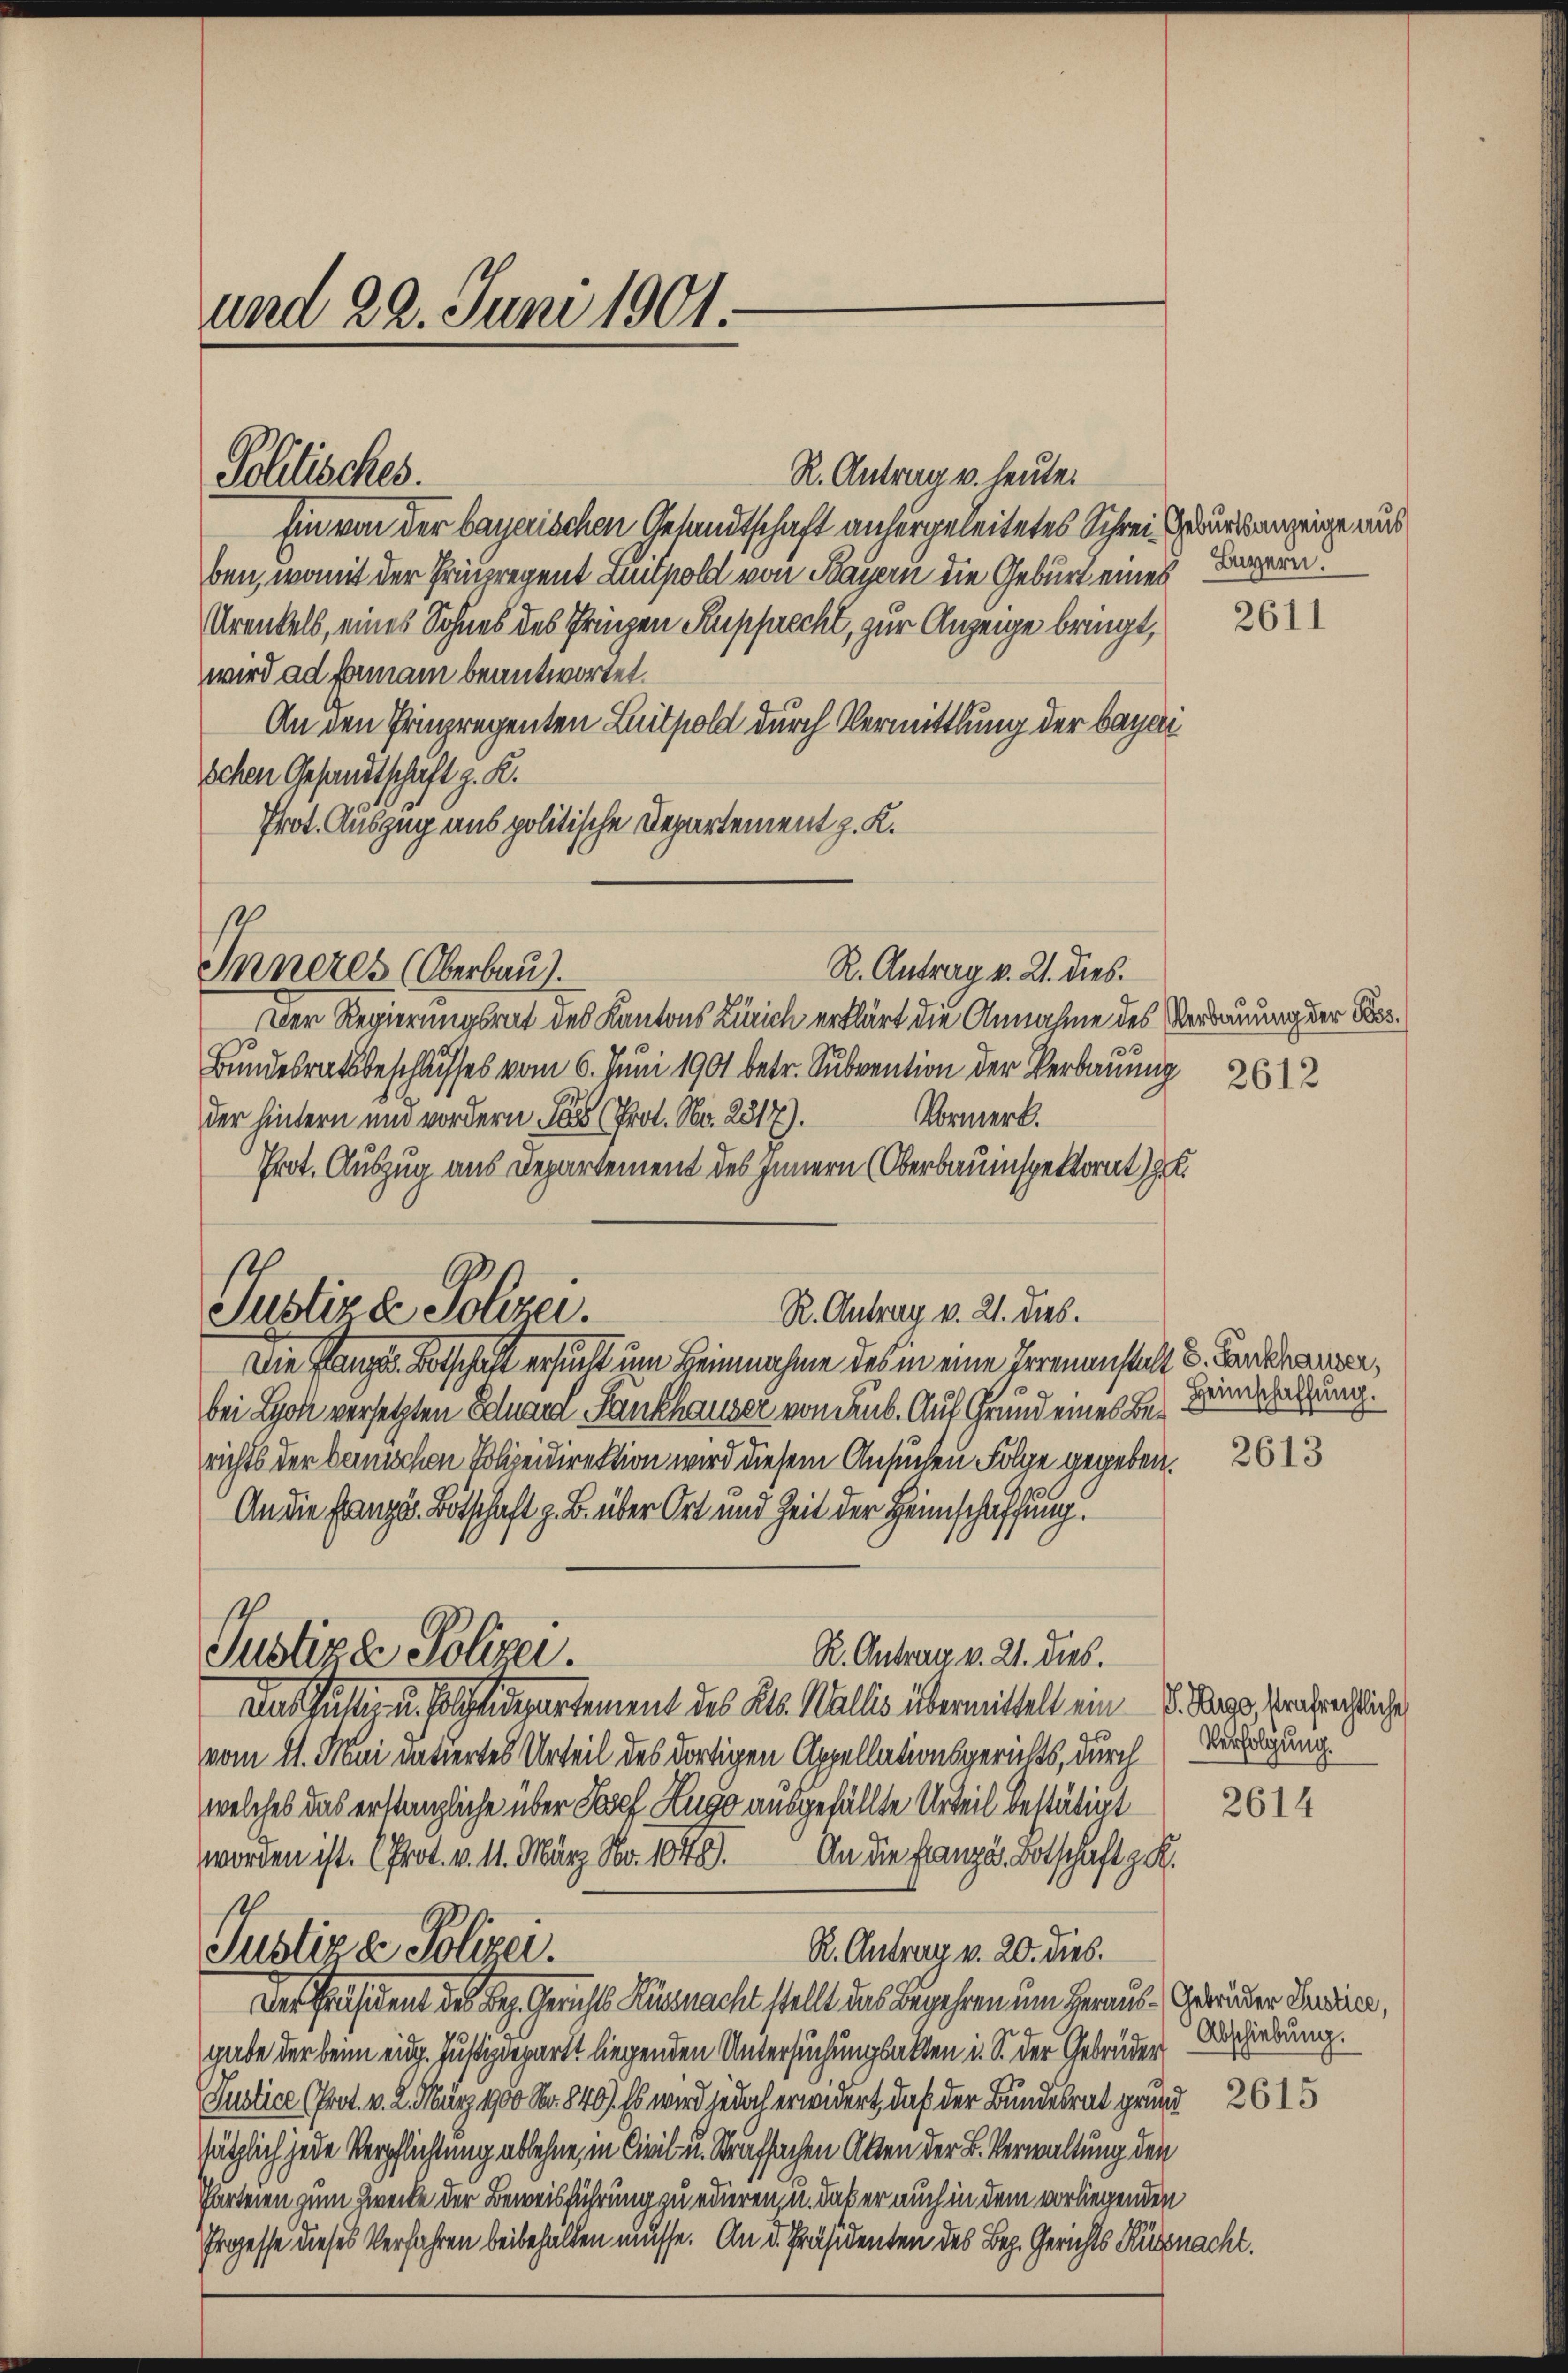
und 22. Juni 1901

R. Antrag v. heute.
Ein von der bayerischen Gesandtschaft anhergeleitetes Schrei Geburtsanzeige aus
ben, womit der Prinzregent Luilpold von Bayern die Geburt eines Lagern.
Urenkels, eines Sohnes des Prinzen Rupprecht, zur Anzeige bringt,
wird ad formam beantwortet.
An den Prinzregenten Luitpold durch Vermittlung der bayen
schen Gesandtschaft z. R.
Prot. Auszug aus politische Departement z. K.

Politisches.

R. Antrag v. 21. dies.
Inneres (Oberbau).

Justizde Polizei.
R. Antrag v. 21. dies.

Justizen Polizei

Der Regierungsrat des Kantons Zürich erklärt die Annahme des Verdauung der Bos¬
Bundesratsbeschlusses vom 6. Juni 1901 betr. Subvention der Verbauung
Vormerk.
der hintern und vordern das Prof. No. 2317).
Prot. Auszug aus Departement des Innern (Oberbauinspektorat) z

Die Kanze Botschaft ersucht um Beinnahme des in eine Veranstalt d. Landeraner,
bei Lyon versetzten Eduard Fankhauser von Sub. Auf Grund eines Berichts der berischen Polizeidirektion wird diesem Ansuchen Folge gegeben.
An die Franze Botschaft z. B. über Ort und Zeit der Heimschaffung.
R. Antrag v. 21. dies.
Das Gültig u. solcheidepartement des Kts. Wallis übermittelt ein S. Rapp, Grafrechtliche
vom 21. Mai intiertes Urteil des dortigen Appellationsgerichts, durch Verfügung
welches das erstanzliche über Josef Hugo ausgefällte Urteil bestätigt
worden ist. (Prot. v. 11. März No. 1848. An die Franza, Botschaft z. R.
sl
R. Antrag v. 20. dies.
Justiz & Polizei.
Der Präsident des Bez. Gerichts Küsnacht stellt das Begehren um Heraus. Gebrüder Studine,
gabe der beim eidg. Justizdepartt liegenden Untersuchungsalten i. S. der Gebrüder
Justice (Prot. v. 2. März 1900 Nr. 840. Es wird jedoch erwidert, daß der Bundesrat grund 2615
sätzlich jede Verpflichtung ablehne, in Civil- u. Strafsachen Akten der B. Verwaltung den
Charteien zum Zwecke der Beweisführung zu edieren, u. daß er auch in dem vorliegenden
Prozesse dieses Verfahren beibehalten müsse. An d. Präsidenten des Bez. Gerichts Küsnacht.

2611

2612

Heimschaffung.

2613

2614

Abschiebung.